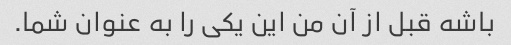
باشه قبل از آن من این یکی را به عنوان شما.